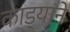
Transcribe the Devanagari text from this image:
काड्यांने